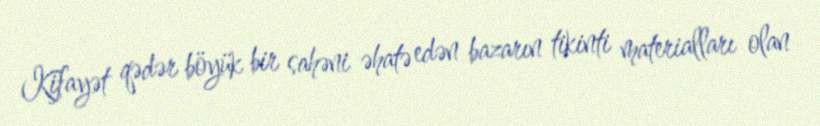
Kifayət qədər böyük bir sahəni əhatə edən bazarın tikinti materialları olan